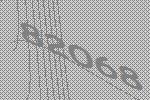
82068